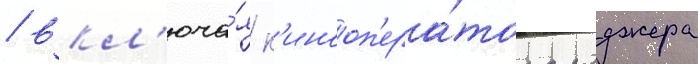
/ вкл'юча́я к'инооп'ера́тора роджера